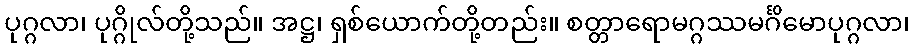
ပုဂ္ဂလာ၊ ပုဂ္ဂိုလ်တို့သည်။ အဋ္ဌ၊ ရှစ်ယောက်တို့တည်း။ စတ္တာရောမဂ္ဂဿမင်္ဂိမောပုဂ္ဂလာ၊